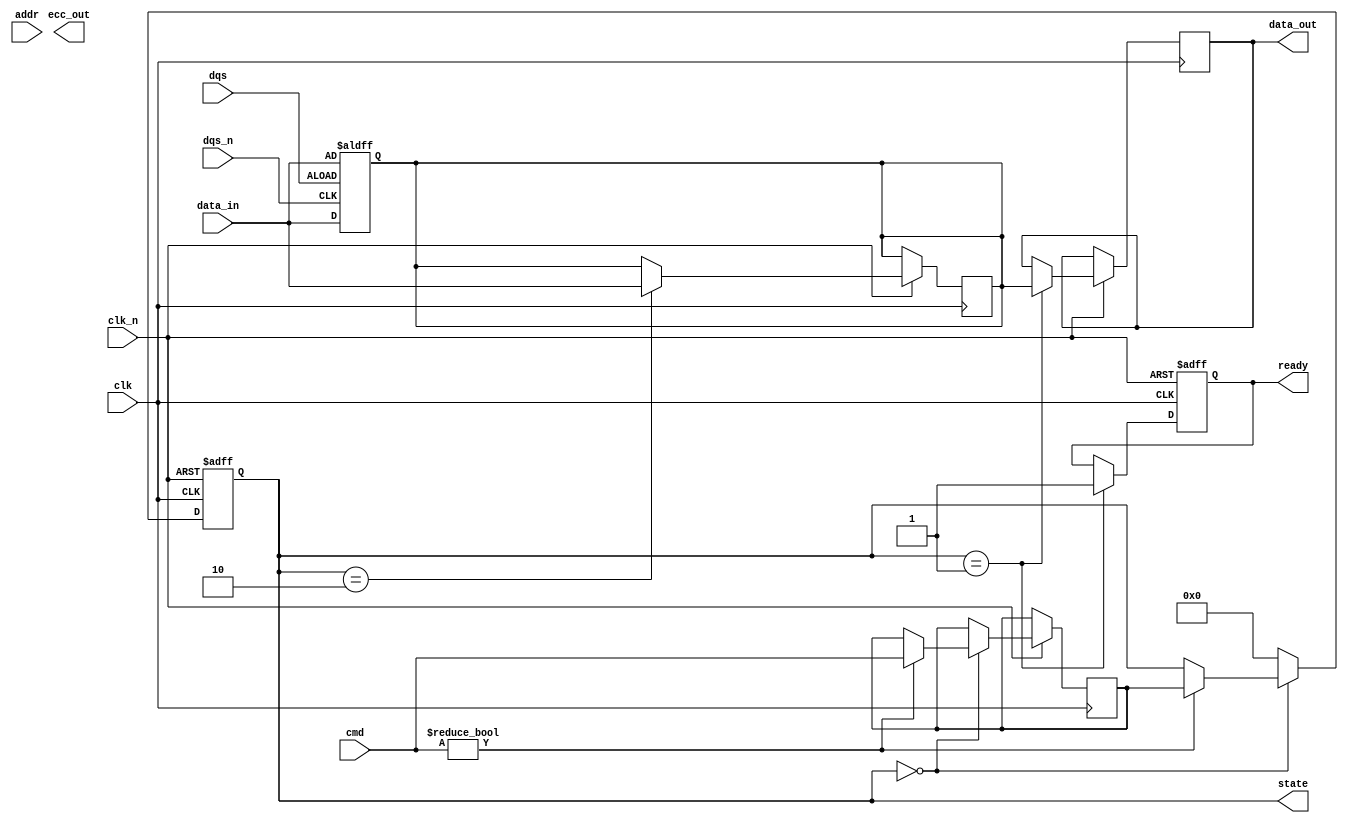
module ddr5_io_block (
    input wire clk,          // High-speed clock input
    input wire clk_n,        // Inverted clock input
    input wire [63:0] data_in, // Data input (64 bits)
    input wire [7:0] addr,   // Address input
    input wire [3:0] cmd,     // Command input
    input wire dqs,          // Data strobe
    input wire dqs_n,        // Inverted data strobe
    output reg [63:0] data_out, // Data output
    output reg ready,        // Ready signal
    output reg [7:0] ecc_out, // ECC output
    output reg [3:0] state   // State output
);

// State definitions
localparam IDLE       = 4'b0000;
localparam READ       = 4'b0001;
localparam WRITE      = 4'b0010;
localparam REFRESH    = 4'b0011;
localparam PRECHARGE  = 4'b0100;

// Internal signals
reg [63:0] data_buffer;
reg [3:0] command;
reg [7:0] ecc_buffer;

// On-die termination (simplified)
wire odt_enable = 1'b1; // Enable ODT (on-die termination)

// State machine for command processing
always @(posedge clk or negedge clk_n) begin
    if (!clk_n) begin
        state <= IDLE;
        ready <= 1'b0;
    end else begin
        case (state)
            IDLE: begin
                if (cmd != 4'b0000) begin // If command is not idle
                    command <= cmd;
                    state <= command; // Transition to the command state
                end
            end
            READ: begin
                data_out <= data_buffer; // Output data
                ready <= 1'b1; // Indicate ready
                state <= IDLE; // Return to idle state
            end
            WRITE: begin
                data_buffer <= data_in; // Store incoming data
                // ECC calculation (simplified)
                ecc_buffer <= ^data_in; // Simple parity for ECC
                state <= IDLE; // Return to idle state
            end
            REFRESH: begin
                // Refresh logic here
                state <= IDLE; // Return to idle state
            end
            PRECHARGE: begin
                // Precharge logic here
                state <= IDLE; // Return to idle state
            end
            default: state <= IDLE; // Reset to idle on error
        endcase
    end
end

// Data integrity features (ECC)
always @(posedge dqs or posedge dqs_n) begin
    if (dqs) begin
        // Capture data on DQS rising edge
        data_buffer <= data_in;
    end else if (dqs_n) begin
        // Capture data on DQS falling edge
        data_buffer <= data_in;
    end
end

endmodule